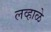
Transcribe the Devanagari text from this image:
लव्हाळे